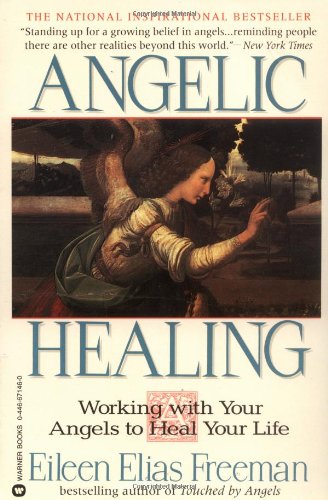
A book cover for Angelic Healing: Working with Your Angel to Heal Your Life; Eileen Elias Freeman; Health, Fitness & Dieting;